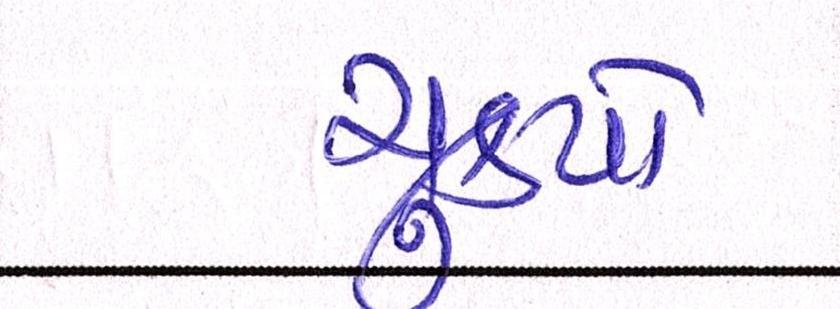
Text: ચુકયો